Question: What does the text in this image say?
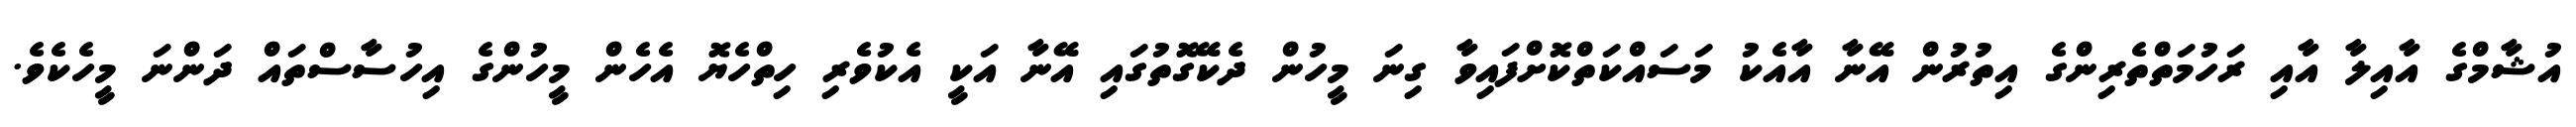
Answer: އުޝާމްގެ އާއިލާ އާއި ރަހުމަތްތެރިންގެ އިތުރުން އޭނާ އާއެކު މަސައްކަތްކޮށްފައިވާ ގިނަ މީހުން ދެކޭގޮތުގައި އޭނާ އަކީ އެކުވެރި ހިތްހެޔޮ އެހެން މީހުންގެ އިހުސާސްތައް ދަންނަ މީހެކެވެ.